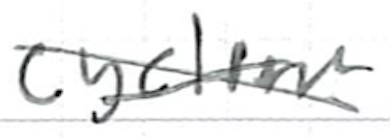
Text: cyclone
Cross-out: cross
Writing tool: ballpoint